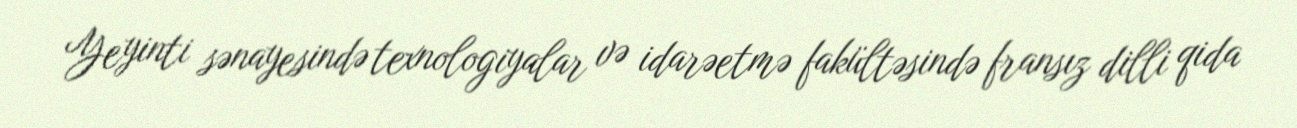
Yeyinti sənayesində texnologiyalar və idarəetmə fakültəsində fransız dilli qida